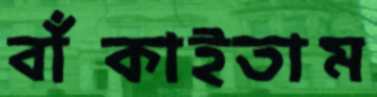
বাঁকাইতাম